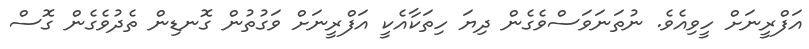
އަފްރީނަށް ހީވިއެވެ. ނުތަނަވަސްވެގެން ދިޔަ ހިތަކާއެކީ އަފްރީނަށް ވަގުތުން ގޮނޑިން ތެދުވެގެން ގޮސް